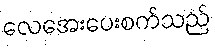
လေအေးပေးစက်သည်